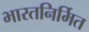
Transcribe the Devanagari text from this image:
भारतनिर्मित